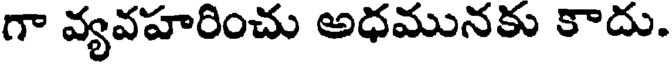
గా వ్యవహరించు అధమునకు కాదు.